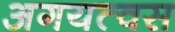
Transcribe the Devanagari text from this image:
अगयत्वस